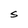
Character: S